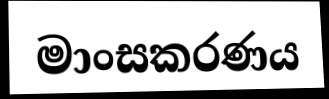
මාංසකරණය